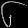
Digit: ၆